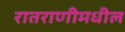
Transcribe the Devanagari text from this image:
रातराणीमधील